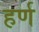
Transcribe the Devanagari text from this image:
हर्ण